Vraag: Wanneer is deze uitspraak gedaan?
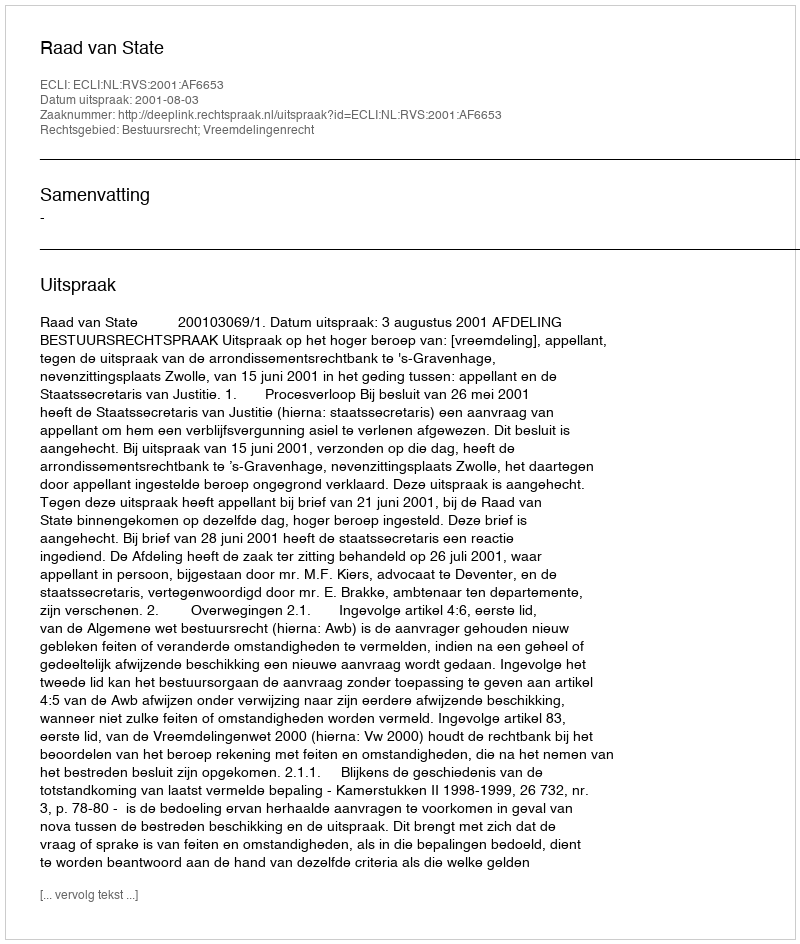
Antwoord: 2001-08-03